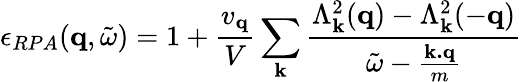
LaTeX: \epsilon_{RPA}({\mathbf{q}},{\tilde{\omega}})=1+\frac{v_{{\mathbf{q}}}}{V}\sum_{{\mathbf{k}}}\frac{\Lambda_{{\mathbf{k}}}^{2}({\mathbf{q}})-\Lambda_{{\mathbf{k}}}^{2}(-{\mathbf{q}})}{{\tilde{\omega}}-\frac{{\mathbf{k.q}}}{m}}